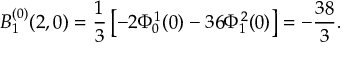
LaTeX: B _ { 1 } ^ { ( 0 ) } ( 2 , 0 ) = \frac { 1 } { 3 } \left[ - 2 \Phi _ { 0 } ^ { 1 } ( 0 ) - 3 6 \Phi _ { 1 } ^ { 2 } ( 0 ) \right] = - \frac { 3 8 } { 3 } .